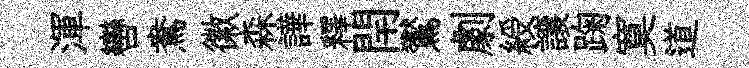
渾轡鴦徽森譁釋閈鸑劇綬譲踘寞道